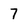
Character: 7